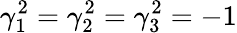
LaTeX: \gamma_{1}^{2}=\gamma_{2}^{2}=\gamma_{3}^{2}={-1}